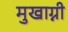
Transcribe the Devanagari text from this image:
मुखाग्नी